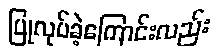
ပြုလုပ်ခဲ့ကြောင်းလည်း